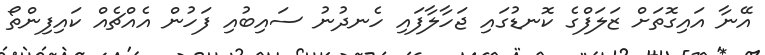
އޭނާ އައިގޮތަށް ޒަލަފްގެ ކޮނޑުގައި ޖަހާލާފައި ހެނދުނު ސައިބުއި ފަހުން އެއްޗެއް ކައިފިންތޯ